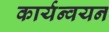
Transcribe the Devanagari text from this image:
कार्यन्वयन